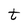
Character: t